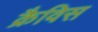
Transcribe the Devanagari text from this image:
क्रैविस